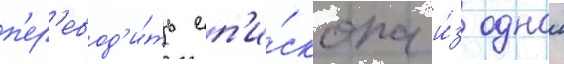
п'ер'евод'и́ть еп'и́скопа и́з однои